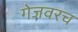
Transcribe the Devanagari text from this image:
गेजवरच